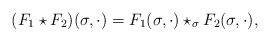
\begin{align*}(F_1\star F_2)(\sigma,\cdot)=F_1(\sigma,\cdot)\star_\sigma F_2(\sigma,\cdot),\end{align*}